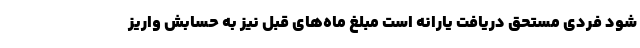
شود فردی مستحق دریافت یارانه است مبلغ ماه‌های قبل نیز به حسابش واریز